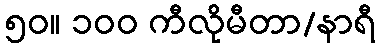
၅၀။ ၁၀၀ ကီလိုမီတာ/နာရီ